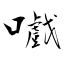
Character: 嚱